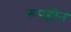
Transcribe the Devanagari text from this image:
रूपहीन